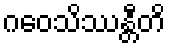
ဂဝေသိဿန္တီတိ